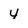
Character: y